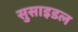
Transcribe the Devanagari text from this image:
सुसाइडल